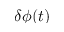
\delta \phi ( t )